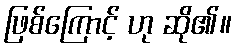
ဖြစ်ကြောင့် ဟု ဆို၏။